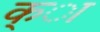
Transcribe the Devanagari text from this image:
क्ा